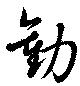
勧